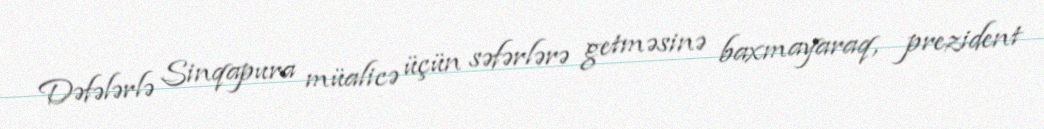
Dəfələrlə Sinqapura müalicə üçün səfərlərə getməsinə baxmayaraq, prezident